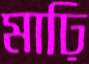
মাঢ়ি